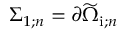
\Sigma _ { 1 ; n } = \partial \widetilde { \Omega } _ { \mathrm { i } ; n }